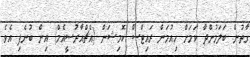
ގާތުން ބަލަމުންދާ ކަމަށް ހިއުމަން ރައިޓްސް ކޮމިޝަން (އެޗްއާރުސީއެމް) އިން ބުނެފި އެވެ.